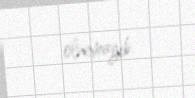
olunmayıb.